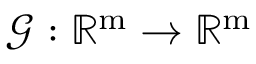
\mathcal { G } : \mathbb { R } ^ { \mathrm { m } } \rightarrow \mathbb { R } ^ { \mathrm { m } }